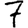
Digit: 7